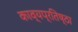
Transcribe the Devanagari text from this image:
काव्यप्रतिष्ठा